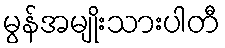
မွန်အမျိုးသားပါတီ